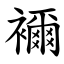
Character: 襧